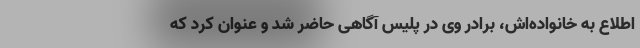
اطلاع به خانواده‌اش، برادر وی در پلیس آگاهی حاضر شد و عنوان کرد که